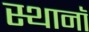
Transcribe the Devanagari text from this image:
स्थानॉ